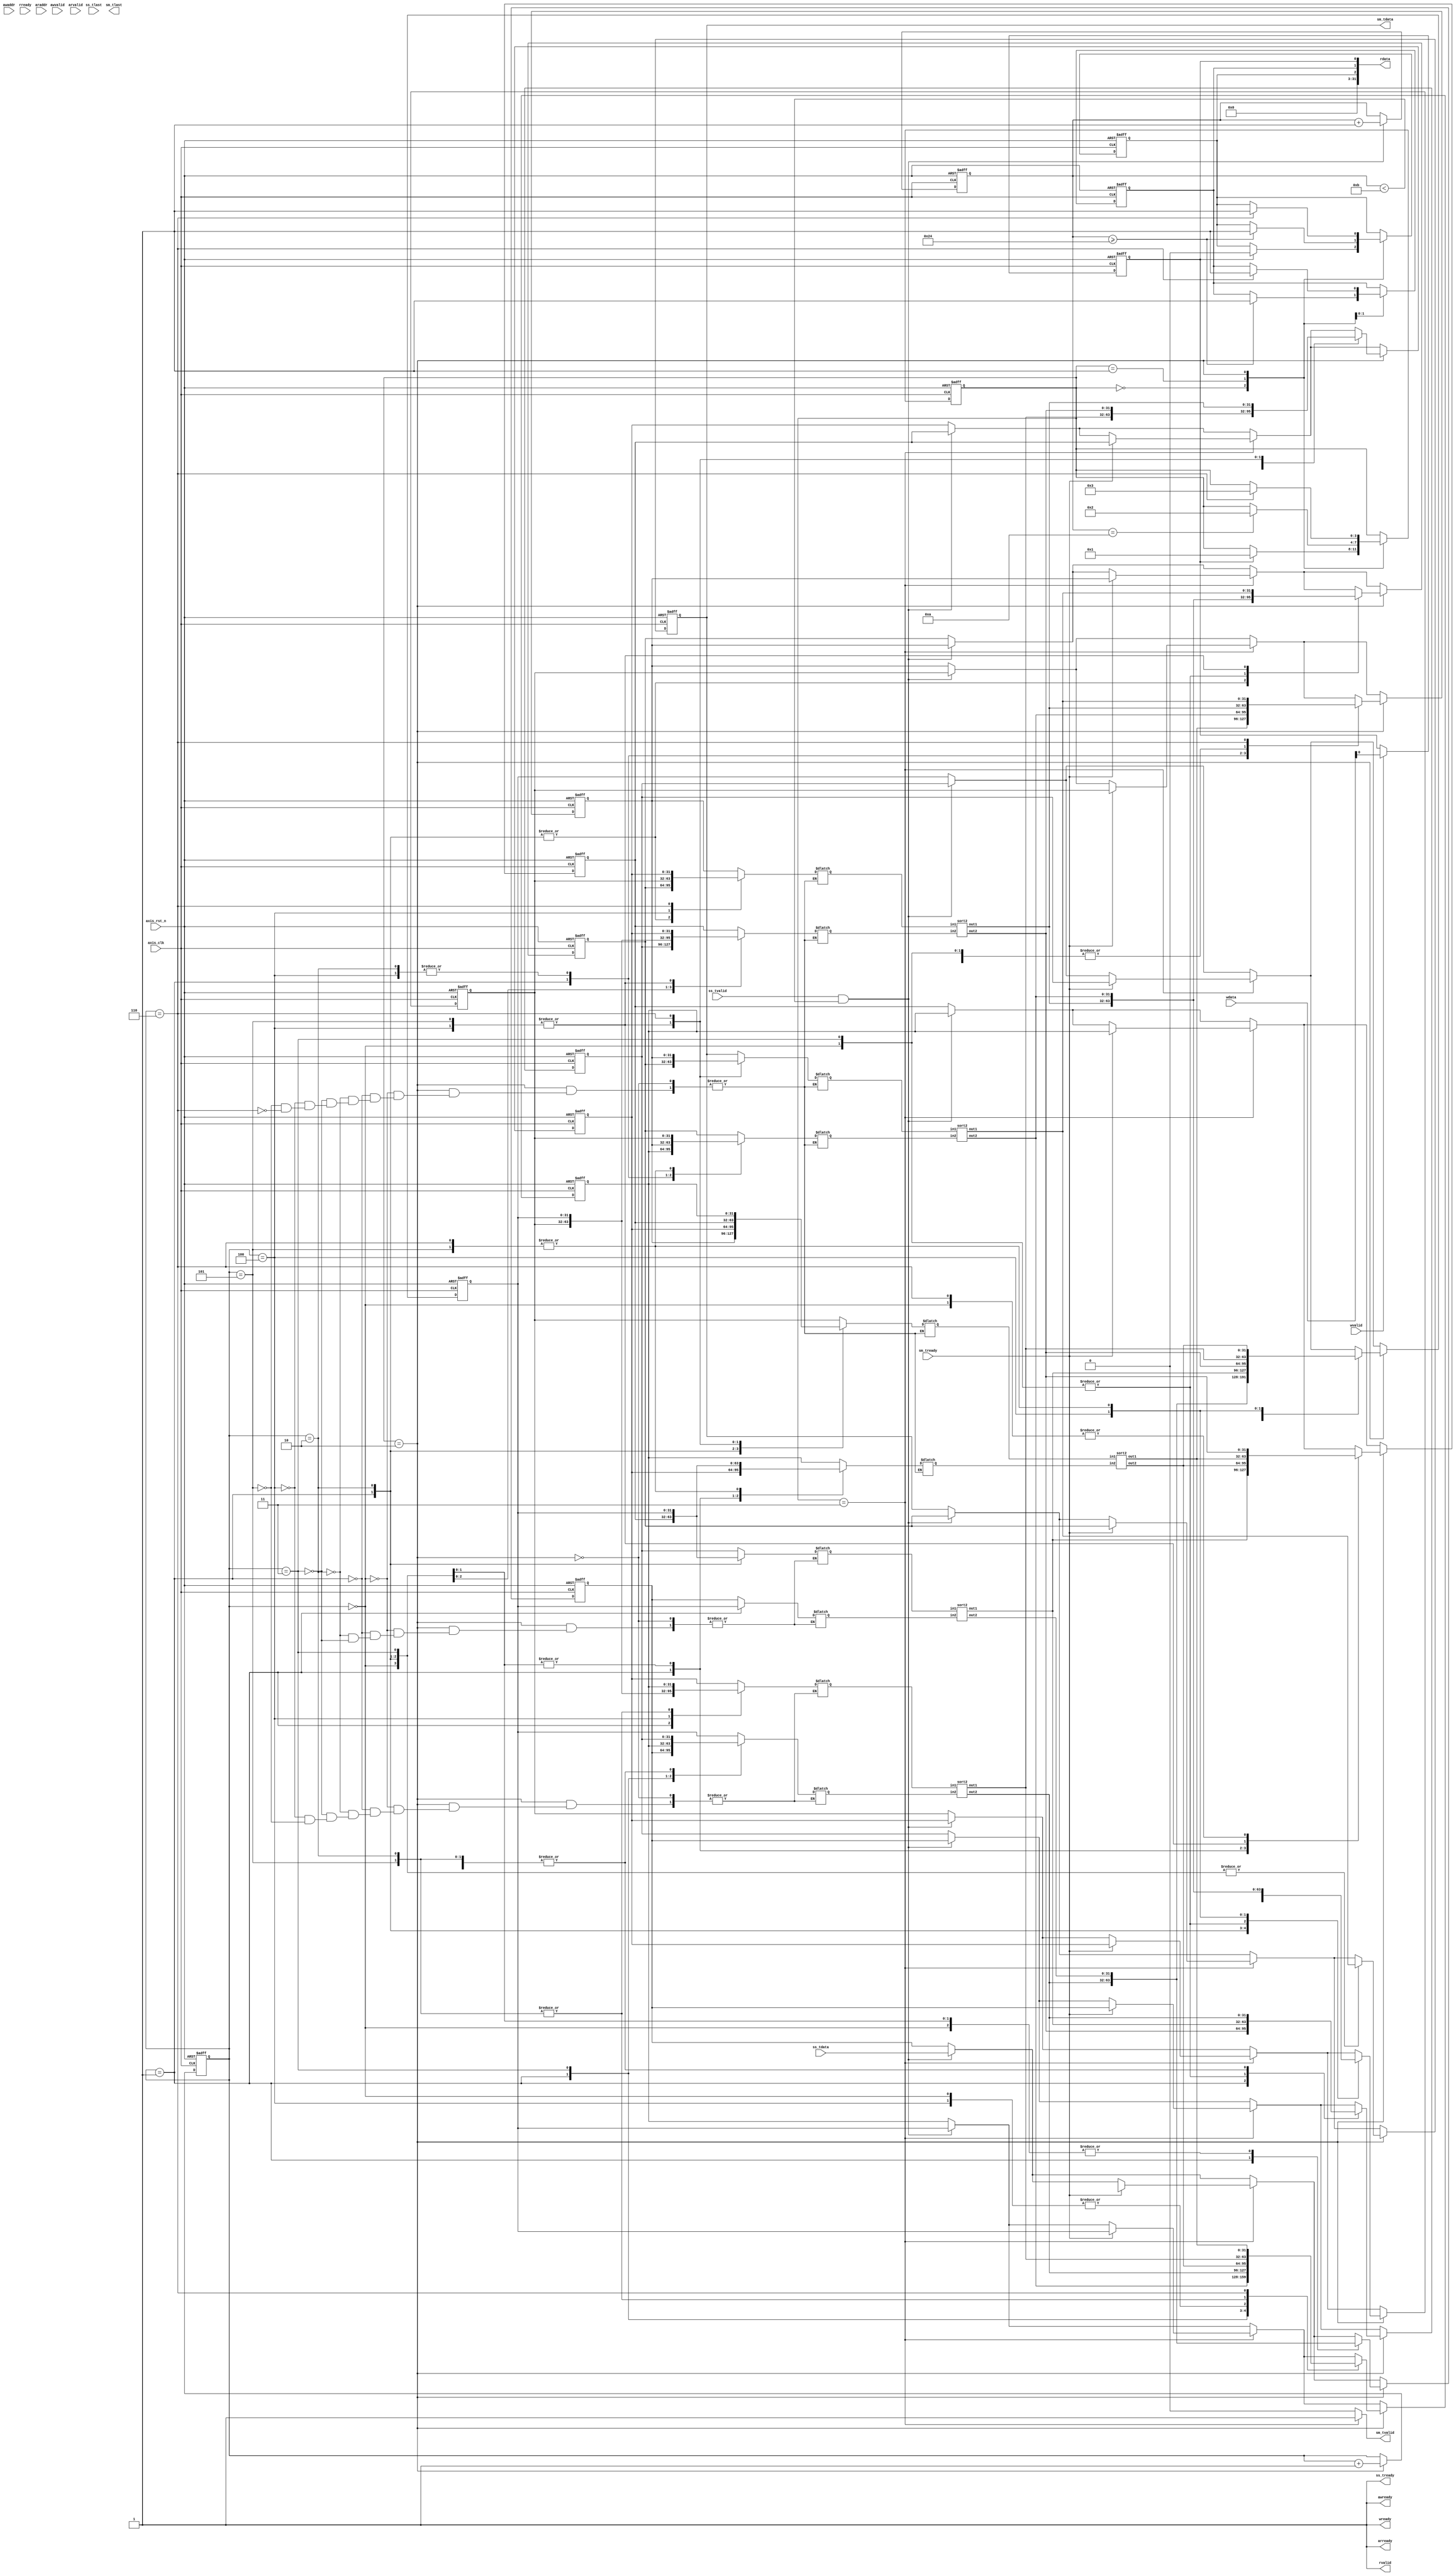
module qsort 
#(  parameter pADDR_WIDTH = 12,
    parameter pDATA_WIDTH = 32
)
(

    //write ap_start
    output  wire                     awready, // coefficients address ready to accept from tb
    output  wire                      wready,  // coefficients ready to accept from tb
    input   wire                     awvalid, // coefficients address valid
    input   wire [(pADDR_WIDTH-1):0] awaddr,  // coefficients address
    input   wire                     wvalid, // coefficients valid
    input   wire [(pDATA_WIDTH-1):0] wdata,  //coefficients comes from here

    //check ap_done/ap_idle
    output  reg                     arready, // data address ready to accept from tb
    input   wire                     rready, // tb is ready to accept data
    input   wire                     arvalid, // read address from tb is valid
    input   wire [(pADDR_WIDTH-1):0] araddr, // read address from tb
    output  reg                      rvalid, // data to tb valid
    output  reg  [(pDATA_WIDTH-1):0] rdata,  // data to tb

    input   wire                     ss_tvalid, //data stream in valid
    input   wire [(pDATA_WIDTH-1):0] ss_tdata, //data stream in
    input   wire                     ss_tlast, //data stream in last
    output                        ss_tready, //ready to accept data stream in

    input   wire                     sm_tready, //tb ready to accept data stream out
    output  reg                      sm_tvalid, //data stream out valid
    output  reg  [(pDATA_WIDTH-1):0] sm_tdata, //data stream out
    output  reg                      sm_tlast, //data stream out last


    input   wire                     axis_clk,
    input   wire                     axis_rst_n
);

// regs and wires declaration
reg ap_done_w, ap_done_r;
reg ap_idle_w, ap_idle_r;
reg ap_start_w, ap_start_r;
reg [31:0] data_w [0:9], data_r[0:9];
reg [31:0] sort_in1 [0:4], sort_in2 [0:4];
wire [31:0] sort_out1 [0:4], sort_out2 [0:4];    
reg [3:0] sort_state_w, sort_state_r;
reg [5:0] stream_cnt_w, stream_cnt_r;
reg [3:0] state_w, state_r;

wire [pDATA_WIDTH-1:0] ap_data;

integer i, j, k;
// assignments
assign ap_data = {29'b0 ,ap_idle_r, ap_done_r, ap_start_r};
assign ss_tready = 1;
assign awready = 1;
assign wready = 1;

// states
localparam S_IDLE = 0;
localparam S_LOAD = 1;
localparam S_SORT = 2;
localparam S_DONE = 3;

genvar g;
generate
    for (g=0; g<5; g=g+1) begin
        sort2 sort(
            .in1(sort_in1[g]),
            .in2(sort_in2[g]),
            .out1(sort_out1[g]),
            .out2(sort_out2[g])
        );
    end
endgenerate

// combinational logic

// state machine
always @(*) begin
    state_w = state_r;

    case (state_r)
        S_IDLE: begin
            if (ap_start_r) begin
                state_w = S_LOAD;
            end
        end
        S_LOAD: begin
            if (stream_cnt_r == 10)begin
                state_w = S_SORT;
            end
        end
        S_SORT: begin
            if (sort_state_r == 6) begin
                state_w = S_DONE;
            end
        end
        S_DONE: begin

        end
    endcase
end

//
always @(*) begin
    ap_idle_w = ap_idle_r;
    ap_done_w = ap_done_r;
    case (state_r)
        S_IDLE: begin
            if (ap_start_r) begin
                ap_idle_w = 0;
            end
        end
        S_LOAD: begin
            if (stream_cnt_r >= 36) begin
                ap_done_w = 1;
                ap_idle_w = 1;
            end
        end
        S_SORT: begin
            if (sort_state_r == 6) begin
                ap_done_w = 1;
                ap_idle_w = 1;
            end
        end
        S_DONE: begin
        end
    endcase
end


// control signal in
always @(*) begin
    ap_start_w = ap_start_r;
    if (wvalid)begin
        ap_start_w = wdata[0];
    end
end

// control signal out
always @(*) begin
    rvalid = 1;
    arready = 1;
    rdata = ap_data;
end

// data stream in and out, sorting network
always @(*) begin
    stream_cnt_w = stream_cnt_r;
    sort_state_w = sort_state_r;
    sm_tvalid = 0;
    sm_tdata = data_r[0];
    for (i=0; i<10; i=i+1) begin
        data_w[i] = data_r[i];
    end

    if (ss_tvalid && stream_cnt_r < 11) begin
        stream_cnt_w = stream_cnt_r + 1;
        for (i=0; i<10; i=i+1) begin
            data_w[i] = data_r[i+1];
        end
        data_w[9] = ss_tdata;
    end

    if (state_r == S_DONE)begin
        sm_tvalid = 1;
        if (sm_tready) begin
            for (i=0; i<10; i=i+1) begin
                data_w[i] = data_r[i+1];
            end
        end
    end

    if (state_r == S_SORT) begin // ref : https://bertdobbelaere.github.io/sorting_networks.html#N11L35D8
        sort_state_w = sort_state_r + 1;
        case (sort_state_r)
            0: begin
                //[(0,1),(2,5),(3,6),(4,7),(8,9)]
                sort_in1[0] = data_r[0];
                sort_in2[0] = data_r[1];
                data_w[0] = sort_out1[0];
                data_w[1] = sort_out2[0];

                sort_in1[1] = data_r[2];
                sort_in2[1] = data_r[5];
                data_w[2] = sort_out1[1];
                data_w[5] = sort_out2[1];

                sort_in1[2] = data_r[3];
                sort_in2[2] = data_r[6];
                data_w[3] = sort_out1[2];
                data_w[6] = sort_out2[2];

                sort_in1[3] = data_r[4];
                sort_in2[3] = data_r[7];
                data_w[4] = sort_out1[3];
                data_w[7] = sort_out2[3];

                sort_in1[4] = data_r[8];
                sort_in2[4] = data_r[9];
                data_w[8] = sort_out1[4];
                data_w[9] = sort_out2[4];
            end
            1:begin
                //[(0,6),(1,8),(2,4),(3,9),(5,7)]
                sort_in1[0] = data_r[0];
                sort_in2[0] = data_r[6];
                data_w[0] = sort_out1[0];
                data_w[6] = sort_out2[0];

                sort_in1[1] = data_r[1];
                sort_in2[1] = data_r[8];
                data_w[1] = sort_out1[1];
                data_w[8] = sort_out2[1];

                sort_in1[2] = data_r[2];
                sort_in2[2] = data_r[4];
                data_w[2] = sort_out1[2];
                data_w[4] = sort_out2[2];

                sort_in1[3] = data_r[3];
                sort_in2[3] = data_r[9];
                data_w[3] = sort_out1[3];
                data_w[9] = sort_out2[3];

                sort_in1[4] = data_r[5];
                sort_in2[4] = data_r[7];
                data_w[5] = sort_out1[4];
                data_w[7] = sort_out2[4];
            end 
            2:begin
                //[(0,2),(1,3),(4,5),(6,8),(7,9)]
                sort_in1[0] = data_r[0];
                sort_in2[0] = data_r[2];
                data_w[0] = sort_out1[0];
                data_w[2] = sort_out2[0];

                sort_in1[1] = data_r[1];
                sort_in2[1] = data_r[3];
                data_w[1] = sort_out1[1];
                data_w[3] = sort_out2[1];

                sort_in1[2] = data_r[4];
                sort_in2[2] = data_r[5];
                data_w[4] = sort_out1[2];
                data_w[5] = sort_out2[2];

                sort_in1[3] = data_r[6];
                sort_in2[3] = data_r[8];
                data_w[6] = sort_out1[3];
                data_w[8] = sort_out2[3];

                sort_in1[4] = data_r[7];
                sort_in2[4] = data_r[9];
                data_w[7] = sort_out1[4];
                data_w[9] = sort_out2[4];
            end
            3:begin
                //[(0,1),(2,7),(3,5),(4,6),(8,9)]
                sort_in1[0] = data_r[0];
                sort_in2[0] = data_r[1];
                data_w[0] = sort_out1[0];
                data_w[1] = sort_out2[0];

                sort_in1[1] = data_r[2];
                sort_in2[1] = data_r[7];
                data_w[2] = sort_out1[1];
                data_w[7] = sort_out2[1];

                sort_in1[2] = data_r[3];
                sort_in2[2] = data_r[5];
                data_w[3] = sort_out1[2];
                data_w[5] = sort_out2[2];

                sort_in1[3] = data_r[4];
                sort_in2[3] = data_r[6];
                data_w[4] = sort_out1[3];
                data_w[6] = sort_out2[3];

                sort_in1[4] = data_r[8];
                sort_in2[4] = data_r[9];
                data_w[8] = sort_out1[4];
                data_w[9] = sort_out2[4];
            end
            4:begin
                //[(1,2),(3,4),(5,6),(7,8)]
                sort_in1[0] = data_r[1];
                sort_in2[0] = data_r[2];
                data_w[1] = sort_out1[0];
                data_w[2] = sort_out2[0];

                sort_in1[1] = data_r[3];
                sort_in2[1] = data_r[4];
                data_w[3] = sort_out1[1];
                data_w[4] = sort_out2[1];

                sort_in1[2] = data_r[5];
                sort_in2[2] = data_r[6];
                data_w[5] = sort_out1[2];
                data_w[6] = sort_out2[2];

                sort_in1[3] = data_r[7];
                sort_in2[3] = data_r[8];
                data_w[7] = sort_out1[3];
                data_w[8] = sort_out2[3];
            end
            5:begin
                //[(1,3),(2,4),(5,7),(6,8)]
                sort_in1[0] = data_r[1];
                sort_in2[0] = data_r[3];
                data_w[1] = sort_out1[0];
                data_w[3] = sort_out2[0];

                sort_in1[1] = data_r[2];
                sort_in2[1] = data_r[4];
                data_w[2] = sort_out1[1];
                data_w[4] = sort_out2[1];

                sort_in1[2] = data_r[5];
                sort_in2[2] = data_r[7];
                data_w[5] = sort_out1[2];
                data_w[7] = sort_out2[2];

                sort_in1[3] = data_r[6];
                sort_in2[3] = data_r[8];
                data_w[6] = sort_out1[3];
                data_w[8] = sort_out2[3];
            end
            6:begin
                //[(2,3),(4,5),(6,7)]
                sort_in1[0] = data_r[2];
                sort_in2[0] = data_r[3];
                data_w[2] = sort_out1[0];
                data_w[3] = sort_out2[0];

                sort_in1[1] = data_r[4];
                sort_in2[1] = data_r[5];
                data_w[4] = sort_out1[1];
                data_w[5] = sort_out2[1];

                sort_in1[2] = data_r[6];
                sort_in2[2] = data_r[7];
                data_w[6] = sort_out1[2];
                data_w[7] = sort_out2[2];
            end

        endcase
    end

end

// sequential logic
always @(posedge axis_clk or negedge axis_rst_n) begin
    if (~axis_rst_n) begin
        ap_done_r <= 0;
        ap_idle_r <= 1;
        ap_start_r <= 0;
        state_r <= S_IDLE;
        stream_cnt_r <= 0;
        for (i = 0; i < 11; i = i + 1) begin
            data_r[i] <= 0;
        end
        sort_state_r <= 0;
    end else begin
        ap_done_r <= ap_done_w;
        ap_idle_r <= ap_idle_w;
        ap_start_r <= ap_start_w;
        state_r <= state_w;
        stream_cnt_r <= stream_cnt_w;
        for (i = 0; i < 11; i = i + 1) begin
            data_r[i] <= data_w[i];
        end
        sort_state_r <= sort_state_w;
    end
end

endmodule


module sort2(
    input wire [31:0] in1,
    input wire [31:0] in2,
    output wire [31:0] out1,
    output wire [31:0] out2
);

assign out1 = (in1 > in2) ? in2 : in1;
assign out2 = (in1 > in2) ? in1 : in2;

endmodule